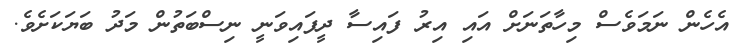
އެހެން ނަމަވެސް މިހާތަނަށް އައި އިރު ފައިސާ ދީފައިވަނީ ނިސްބަތުން މަދު ބަޔަކަށެވެ.